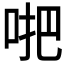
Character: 𠴙